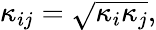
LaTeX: \kappa_{ij}=\sqrt{\kappa_{i}\kappa_{j}},